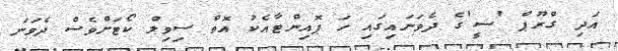
އަދި ގްރޫޕް 'ސީ'ގެ ދެވަނައިގައި ހަ ޕޮއިންޓާއެކު އޮތް ސިވިލް ކޯޓަށްވެސް ދެވަނަ